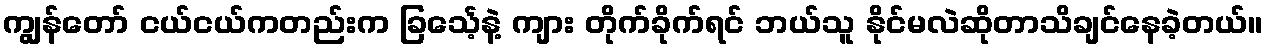
ကျွန်တော် ငယ်ငယ်ကတည်းက ခြင်္သေ့နဲ့ ကျား တိုက်ခိုက်ရင် ဘယ်သူ နိုင်မလဲဆိုတာသိချင်နေခဲ့တယ်။